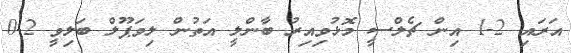
އަރައި 2-1 އިން ޗެލްސީ މޮޅުވިއިރު ބާންލީ އަތުން ލިވަޕޫލް ބަލިވީ 2-0